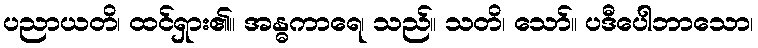
ပညာယတိ၊ ထင်ရှား၏။ အန္ဓကာရေ၊ သည်။ သတိ၊ သော်။ ပဒီပေါဘာသော၊